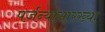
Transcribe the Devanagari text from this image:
पर्जन्यासारख्या